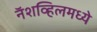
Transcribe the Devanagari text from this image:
नॅशव्हिलमध्ये